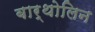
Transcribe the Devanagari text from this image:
बार्थोलिन